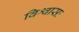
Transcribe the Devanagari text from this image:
विश्वासः